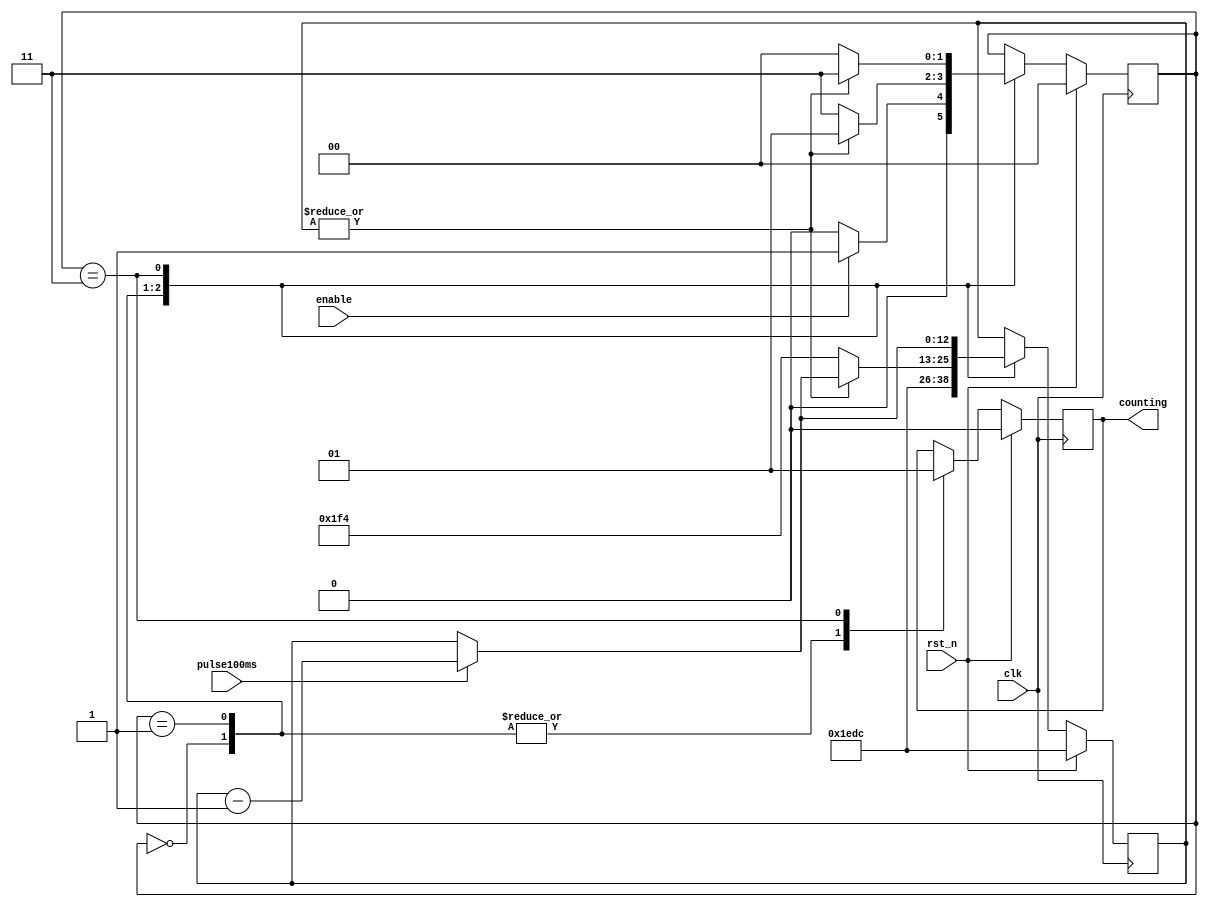
module binary_counter
#(parameter MS_ON=7900)
(
	input clk, enable, rst_n, pulse100ms,
	output reg counting
);

	localparam 	 [1:0] IDLE_COUNTB  		= 2'b00,
							 ACTIVE_COUNTB		= 2'b01,
							 STAY_ON_STATE    = 2'b11;
	localparam STAY_ON = 500;
						 
	reg [12:0] counter;
	reg [1:0] state;

	// Reset if needed, or increment if counting is enabled
	always @ (posedge clk)
	begin
		if (rst_n)	begin
			counter  <= #1 MS_ON;
			counting <= #1 1'b0;
			state <= #1 IDLE_COUNTB;
		end else begin

		case(state)
		
		IDLE_COUNTB: begin
								counter  <= #1 MS_ON;
								counting <= #1 1'b0;
								if (enable) state <= #1 ACTIVE_COUNTB;
								else			state <= #1 IDLE_COUNTB;
							end
									
		ACTIVE_COUNTB: begin
								counting <= #1 1'b0;
								if (pulse100ms) counter  <= #1 counter - 1'b1;
								if (~|counter) begin
													state <= #1 STAY_ON_STATE;
													counter <= #1 STAY_ON;
								end
								else 				state <= #1 ACTIVE_COUNTB;
							end
							
		STAY_ON_STATE: begin
								counting <= #1 1'b1;
								if (pulse100ms) counter  <= #1 counter - 1'b1;
								if (~|counter) state 	 <= #1 IDLE_COUNTB;	
								else 				state 	 <= #1 STAY_ON_STATE;
							end
			
		endcase
		end
	end

endmodule